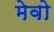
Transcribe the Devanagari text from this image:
मेवो